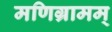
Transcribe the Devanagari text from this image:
मणिग्रामम्